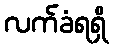
လက်ခံရရှိ